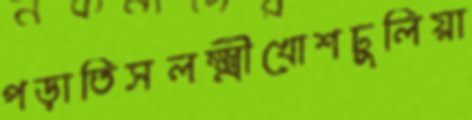
পড়াতিসলক্ষ্মীখোশঢুলিয়া